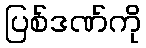
ပြစ်ဒဏ်ကို